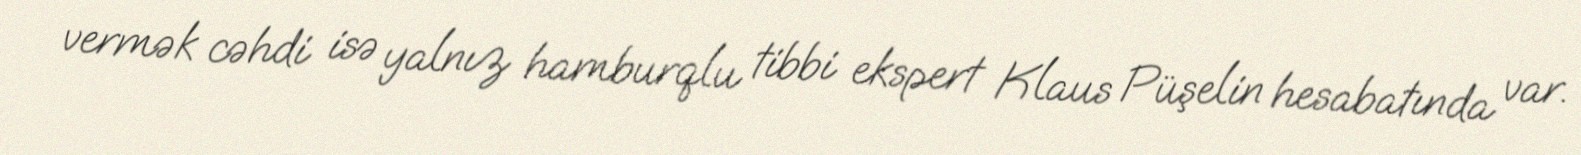
vermək cəhdi isə yalnız hamburqlu tibbi ekspert Klaus Püşelin hesabatında var.